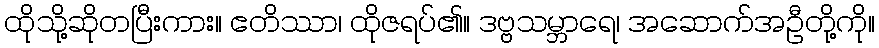
ထိုသို့ဆိုတပြီးကား။ ဧတိဿာ၊ ထိုဇရပ်၏။ ဒဗ္ဗသမ္ဘာရေ၊ အဆောက်အဦတို့ကို။